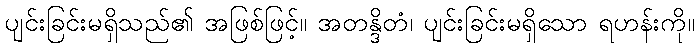
ပျင်းခြင်းမရှိသည်၏ အဖြစ်ဖြင့်။ အတန္ဒိတံ၊ ပျင်းခြင်းမရှိသော ရဟန်းကို။